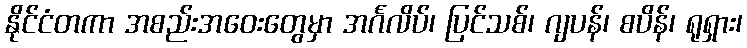
နိုင်ငံတကာ အစည်းအဝေးတွေမှာ အင်္ဂလိပ်၊ ပြင်သစ်၊ ဂျပန်၊ စပိန်၊ ရုရှား၊